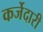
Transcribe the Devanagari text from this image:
कर्जेदारी